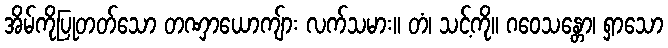
အိမ်ကိုပြုတတ်သော တဏှာယောကျ်ား လက်သမား။ တံ၊ သင့်ကို။ ဂဝေသန္တော၊ ရှာသော